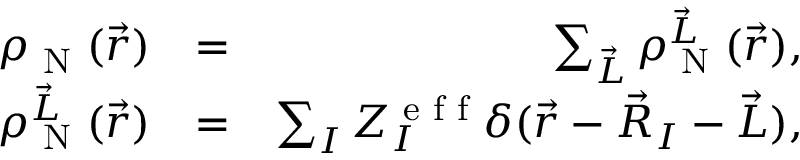
\begin{array} { r l r } { \rho _ { \textrm { N } } ( \vec { r } ) } & { = } & { \sum _ { \vec { L } } \rho _ { \textrm { N } } ^ { \vec { L } } ( \vec { r } ) , } \\ { \rho _ { \textrm { N } } ^ { \vec { L } } ( \vec { r } ) } & { = } & { \sum _ { I } Z _ { I } ^ { \textrm { e f f } } \delta ( \vec { r } - \vec { R } _ { I } - \vec { L } ) , } \end{array}